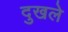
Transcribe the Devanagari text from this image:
दुखले